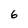
Character: 6